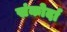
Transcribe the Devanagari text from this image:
संकोर्दा